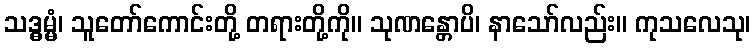
သဒ္ဓမ္မံ၊ သူတော်ကောင်းတို့ တရားတို့ကို။ သုဏန္တောပိ၊ နာသော်လည်း။ ကုသလေသု၊